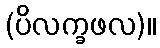
(ပိလက္ခဖလ)။